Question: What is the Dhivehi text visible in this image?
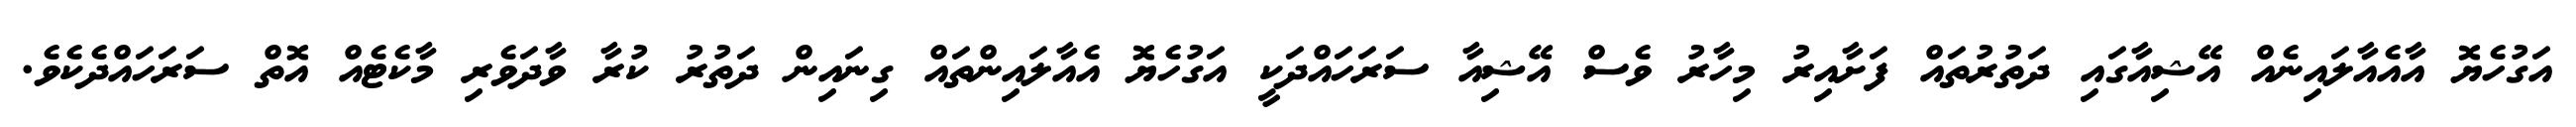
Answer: އަގުހެޔޮ އާއެއާލައިނެއް އޭޝިއާގައި ދަތުރުތައް ފަށާއިރު މިހާރު ވެސް އޭޝިއާ ސަރަހައްދަކީ އަގުހެޔޮ އެއާލައިންތައް ގިނައިން ދަތުރު ކުރާ ވާދަވެރި މާކެޓެއް އޮތް ސަރަހައްދެކެވެ.